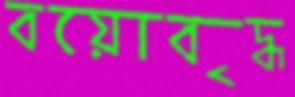
বয়োবৃদ্ধ